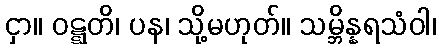
ငှာ။ ဝဋ္ဋတိ၊ ပန၊ သို့မဟုတ်။ သမ္ဘိန္နရသံဝါ၊